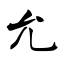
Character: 允